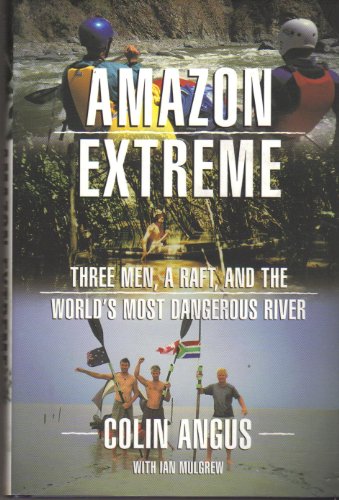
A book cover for Amazon Extreme: Three Men, a Raft, and the World's Most Dangerous River; Ian Angus Colin & Mulgrew; Sports & Outdoors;